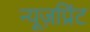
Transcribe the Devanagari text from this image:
न्यूज़प्रिंट